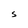
Character: S